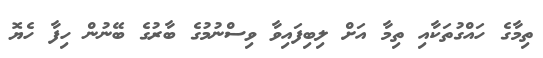
ތިމާގެ ހައްގުތަކާއި ތިމާ އަށް ލިބިފައިވާ ވިސްނުމުގެ ބާރުގެ ބޭނުން ހިފާ ހެޔޮ